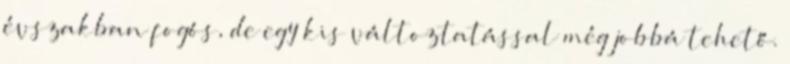
évszakban fogós, de egy kis változtatással még jobbá tehető.